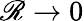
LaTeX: \mathscr{R}\to0